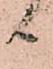
ニ